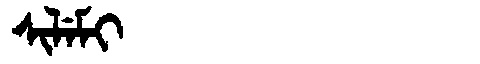
Manchu: ᠰᡳᠯᡝᠮᡳ
Romanization: SILEMI